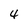
Character: 4